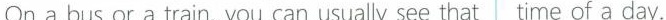
On a bus or a train, you can usually see that |time of a day.